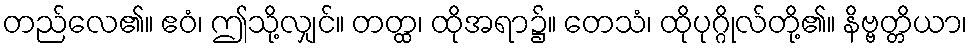
တည်လေ၏။ ဧဝံ၊ ဤသို့လျှင်။ တတ္ထ၊ ထိုအရာ၌။ တေသံ၊ ထိုပုဂ္ဂိုလ်တို့၏။ နိဗ္ဗတ္တိယာ၊